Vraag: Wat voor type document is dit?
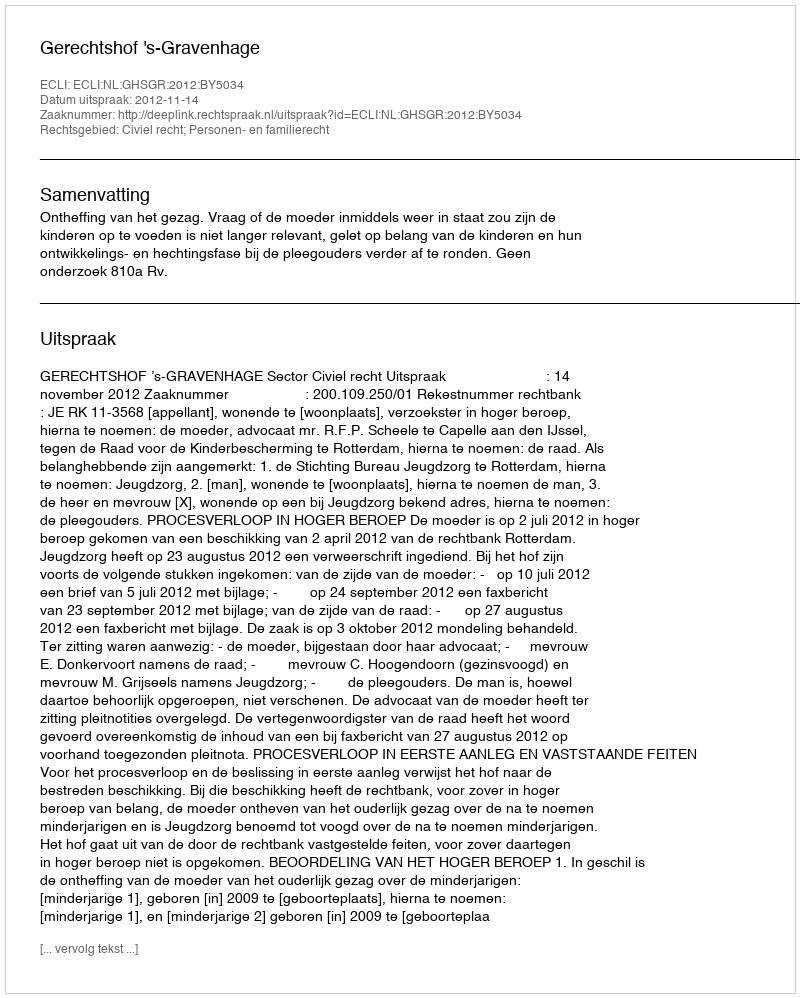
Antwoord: Uitspraak